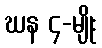
ဃန ၄-မျိုး